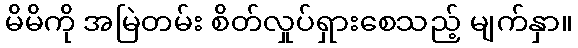
မိမိကို အမြဲတမ်း စိတ်လှုပ်ရှားစေသည့် မျက်နှာ။